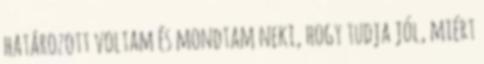
határozott voltam és mondtam neki, hogy tudja jól, miért